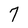
Character: 7